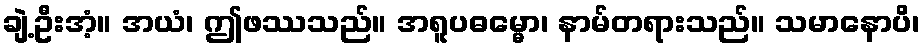
ချဲ့ဦးအံ့။ အယံ၊ ဤဖဿသည်။ အရူပဓမ္မော၊ နာမ်တရားသည်။ သမာနောပိ၊